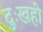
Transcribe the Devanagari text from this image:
दुःखही